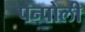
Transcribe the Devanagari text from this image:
पन्पोली